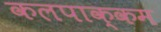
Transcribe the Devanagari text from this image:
कलपाक्कम